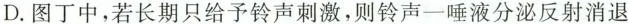
D. 图丁中，若长期只给予铃声刺激，则铃声一唾液分泌反射消退